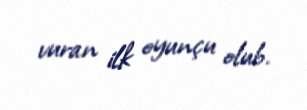
vuran ilk oyunçu olub.